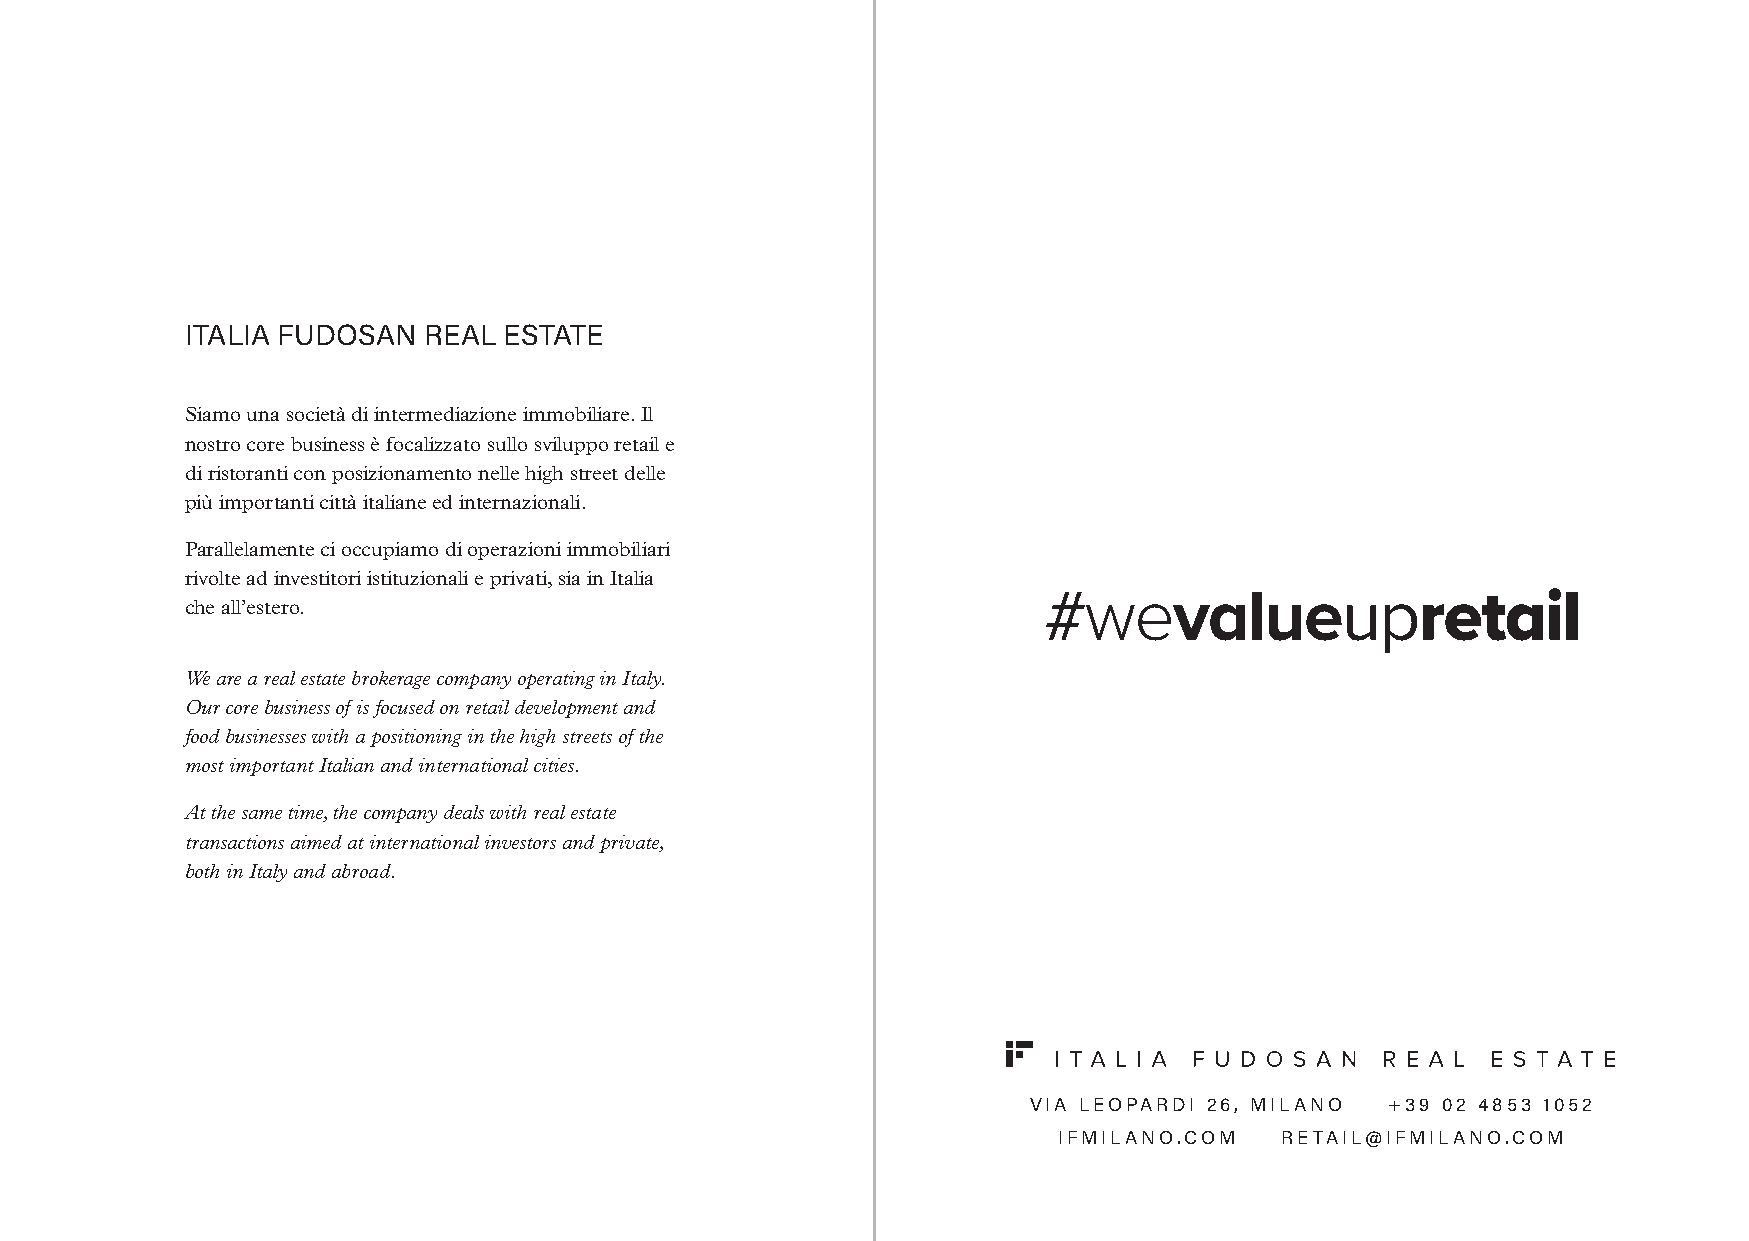
ITALIA FUDOSAN  REAL ESTATE
 Siamo una società di intermediazione immobiliare. Il
 nostro core business è focalizzato sullo sviluppo retail e
 di ristoranti con posizionamento nelle high street delle
 più importanti città italiane ed internazionali.
 Parallelamente ci occupiamo di operazioni immobiliari
 rivolte ad investitori istituzionali e privati, sia in Italia
 che all’estero.
 We are a real estate brokerage company operating in Italy.
 Our core business of is focused on retail development and
 food businesses with a positioning in the high streets of the
 most important Italian and international cities.
 At the same time, the company deals with real estate
 transactions aimed at international investors and private,
 both in Italy and abroad.
 VIA LEOPARDI 26, MILANO +39 02 4853 1052
 IFMILANO.COM   RETAIL@IFMILANO.COM